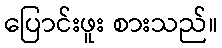
ပြောင်းဖူး စားသည်။